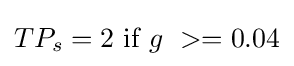
TP_{s}=2~{\mbox{if}}~g\ >=0.04